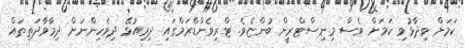
ކަމަށް ވިދާޅުވި ކަމަށް ވެސް މިނިސްޓްރީން ބުންޏެވެ. ޓްރިވެންޑްރަމްގައި ދިރިއުޅޭ ދިވެހިންނަށް ދިމާވާދަތިތައް